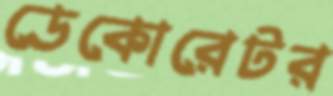
ডেকোরেটর